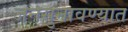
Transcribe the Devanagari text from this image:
जनसुनावण्यात